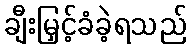
ချီးမြှင့်ခံခဲ့ရသည်